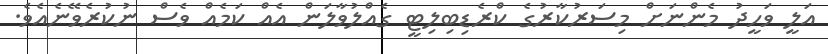
އަލީ ވަހީދު މެންނަށް މިސަރުކާރުގެ ކްރެޑިބިލިޓީ ގެއްލުވާލަން އެއް ކަމެއް ވެސް ނުކުރެވޭނެއެވެ.